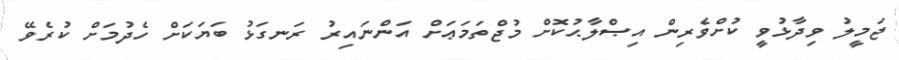
ޖަމީލު ވިދާޅުވީ ކުށްވެރިން އިޞްލާޙުކޮށް މުޖްތަމަޢަށް އަންނައިރު ރަނގަޅު ބަޔަކަށް ހެދުމަށް ކުރެވޭ